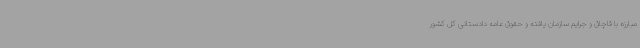
مبارزه با قاچاق و جرایم سازمان یافته و حقوق عامه دادستانی کل کشور